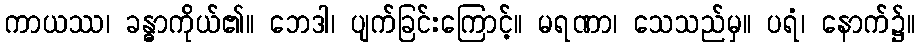
ကာယဿ၊ ခန္ဓာကိုယ်၏။ ဘေဒါ၊ ပျက်ခြင်းကြောင့်။ မရဏာ၊ သေသည်မှ။ ပရံ၊ နောက်၌။